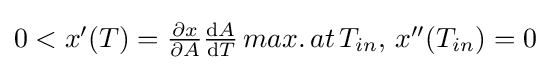
{\textstyle 0<x'(T)={\partial x \over \partial A}{\operatorname {d} \!A \over \operatorname {d} \!T}\,{max.\,at\,T_{in}},\,x''(T_{in})=0}